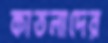
কাতলাদের